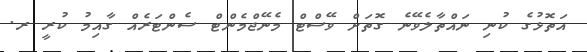
އަތޮޅުގެ ކުނި ނައްތާލެވޭނެ ގޮތަށް ވޭސްޓް މެނޭޖްމެންޓް ސެންޓަރެއް ގާއިމު ކުރީ ރ.